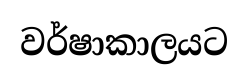
වර්ෂාකාලයට